Vaccination in Bombay 1856-1862 - 1856-1862
Year: 1856
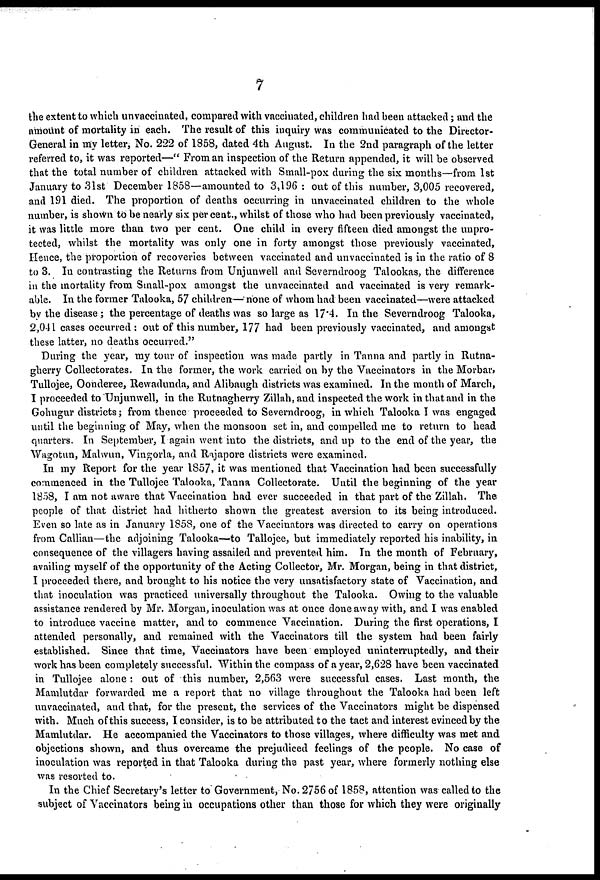
7
the extent to which unvaccinated, compared with vaccinated, children had been attacked; and the
amount of mortality in each. The result of this inquiry was communicated to the Director-
General in my letter, No. 222 of 1858, dated 4th August. In the 2nd paragraph of the letter
referred to, it was reported—" From an inspection of the Return appended, it will be observed
that the total number of children attacked with Small-pox during the six months—from 1st
January to 31st December 1858—amounted to 3,196 : out of this number, 3,005 recovered,
and 191 died. The proportion of deaths occurring in unvaccinated children to the whole
number, is shown to be nearly six per cent., whilst of those who had been previously vaccinated,
it was little more than two per cent. One child in every fifteen died amongst the unpro-
tected, whilst the mortality was only one in forty amongst those previously vaccinated,
Hence, the proportion of recoveries between vaccinated and unvaccinated is in the ratio of 8
to 3. In contrasting the Returns from Unjunwell and Severndroog Talookas, the difference
in the mortality from Small-pox amongst the unvaccinated and vaccinated is very remark-
able. In the former Talooka, 57 children— none of whom had been vaccinated—were attacked
by the disease; the percentage of deaths was so large as 17.4. In the Severndroog Talooka,
2,041 cases occurred : out of this number, 177 had been previously vaccinated, and amongst
these latter, no deaths occurred."
During the year, my tour of inspection was made partly in Tanna and partly in Rutna¬
gherry Collectorates. In the former, the work carried on by the Vaccinators in the Morbar,
Tullojee, Oonderee, Rewadunda, and Alibaugh districts was examined. In the month of March,
I proceeded to "Unjunwell, in the Rutnagherry Zillah, and inspected the work in that and in the
Gohugur districts; from thence proceeded to Severndroog, in which Talooka I was engaged
until the beginning of May, when the monsoon set in, and compelled me to return to head
quarters. In September, I again went into the districts, and up to the end of the year, the
Wagotun, Malwun, Vingorla, and Rajapore districts were examined.
In my Report for the year 1857, it was mentioned that Vaccination had been successfully
commenced in the Tullojee Talooka, Tanna Collectorate. Until the beginning of the year
1858, I am not aware that Vaccination had ever succeeded in that part of the Zillah. The
people of that district had hitherto shown the greatest aversion to its being introduced.
Even so late as in January 1858, one of the Vaccinators was directed to carry on operations
from Callian—the adjoining Talooka—to Tallojee, but immediately reported his inability, in
consequence of the villagers having assailed and prevented him. In the month of February,
availing myself of the opportunity of the Acting Collector, Mr. Morgan, being in that district,
I proceeded there, and brought to his notice the very unsatisfactory state of Vaccination, and
that inoculation was practiced universally throughout the Talooka. Owing to the valuable
assistance rendered by Mr. Morgan, inoculation was at once done away with, and I was enabled
to introduce vaccine matter, and to commence Vaccination. During the first operations, I
attended personally, and remained with the Vaccinators till the system had been fairly
established. Since that time, Vaccinators have been employed uninterruptedly, and their
work has been completely successful. Within the compass of a year, 2,628 have been vaccinated
in Tullojee alone: out of this number, 2,563 were successful cases. Last month, the
Mamlutdar forwarded me a report that no village throughout the Talooka had been left
unvaccinated, and that, for the present, the services of the Vaccinators might be dispensed
with. Much of this success, I consider, is to be attributed to the tact and interest evinced by the
Mamlutdar. He accompanied the Vaccinators to those villages, where difficulty was met and
objections shown, and thus overcame the prejudiced feelings of the people. No case of
inoculation was reported in that Talooka during the past year, where formerly nothing else
was resorted to.
In the Chief Secretary's letter to Government, No. 2756 of 1858, attention was called to the
subject of Vaccinators being in occupations other than those for which they were originally